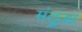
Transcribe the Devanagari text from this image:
मंतुआ